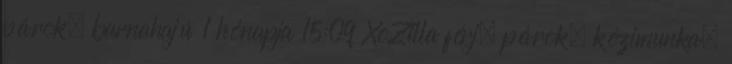
párok, barnahajú 1 hónapja 15:09 XoZilla férj, párok, kézimunka,